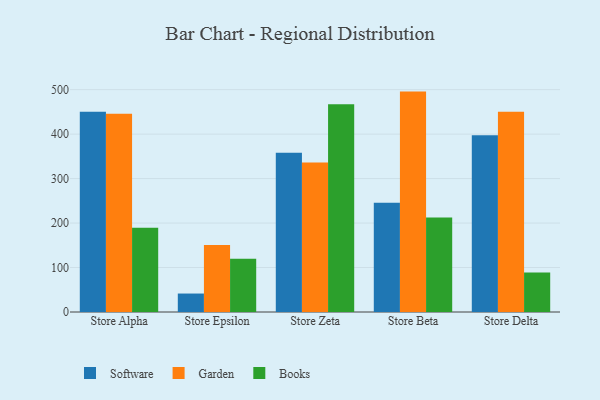
{"axis": {"x": "Store", "y": "Population (Million)"}, "legend": ["Books", "Garden", "Software"], "data": [{"x": "Store Alpha", "y": 450.1, "type": "Software"}, {"x": "Store Alpha", "y": 445.7, "type": "Garden"}, {"x": "Store Alpha", "y": 189.5, "type": "Books"}, {"x": "Store Epsilon", "y": 41.5, "type": "Software"}, {"x": "Store Epsilon", "y": 150.5, "type": "Garden"}, {"x": "Store Epsilon", "y": 119.6, "type": "Books"}, {"x": "Store Zeta", "y": 358.3, "type": "Software"}, {"x": "Store Zeta", "y": 336.2, "type": "Garden"}, {"x": "Store Zeta", "y": 467.3, "type": "Books"}, {"x": "Store Beta", "y": 245.5, "type": "Software"}, {"x": "Store Beta", "y": 495.6, "type": "Garden"}, {"x": "Store Beta", "y": 212.7, "type": "Books"}, {"x": "Store Delta", "y": 397.6, "type": "Software"}, {"x": "Store Delta", "y": 450.4, "type": "Garden"}, {"x": "Store Delta", "y": 88.9, "type": "Books"}]}